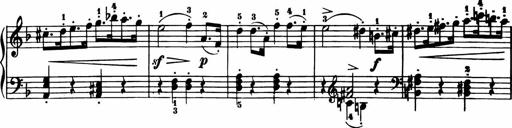
Title: 11 Sonatinas for Piano Solo
Composer: Anton Diabelli